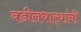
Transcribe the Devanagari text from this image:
वडीलधार्‍यांनी